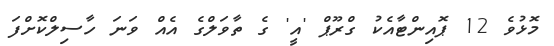
މޮޅުވެ 12 ޕޮއިންޓާއެކު ގްރޫޕް 'އީ' ގެ ތާވަލްގެ އެއް ވަނަ ހާސިލްކޮށްފަ